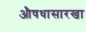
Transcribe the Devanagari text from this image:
औषधासारखा